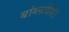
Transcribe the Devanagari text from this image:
बांग्लादेश।